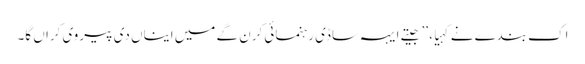
اِک بندے نے کہیا، ’’جیتے ایہہ ساڈی رہنمائی کرن گے میں ایناں دی پیروی کراں گا۔